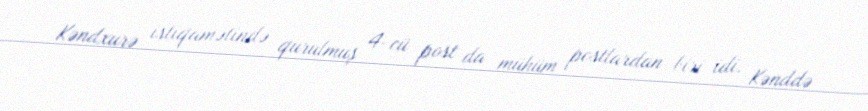
Kəndxurə istiqamətində qurulmuş 4-cü post da mühüm postlardan biri idi. Kənddə